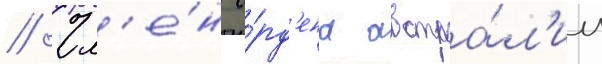
// Чл'е́н о́рд'ена австра́л'ии